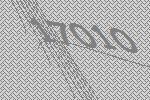
17010